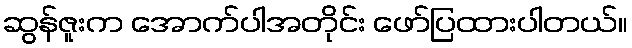
ဆွန်ဇူးက အောက်ပါအတိုင်း ဖော်ပြထားပါတယ်။